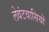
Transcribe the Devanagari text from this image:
लेवंटवासियों